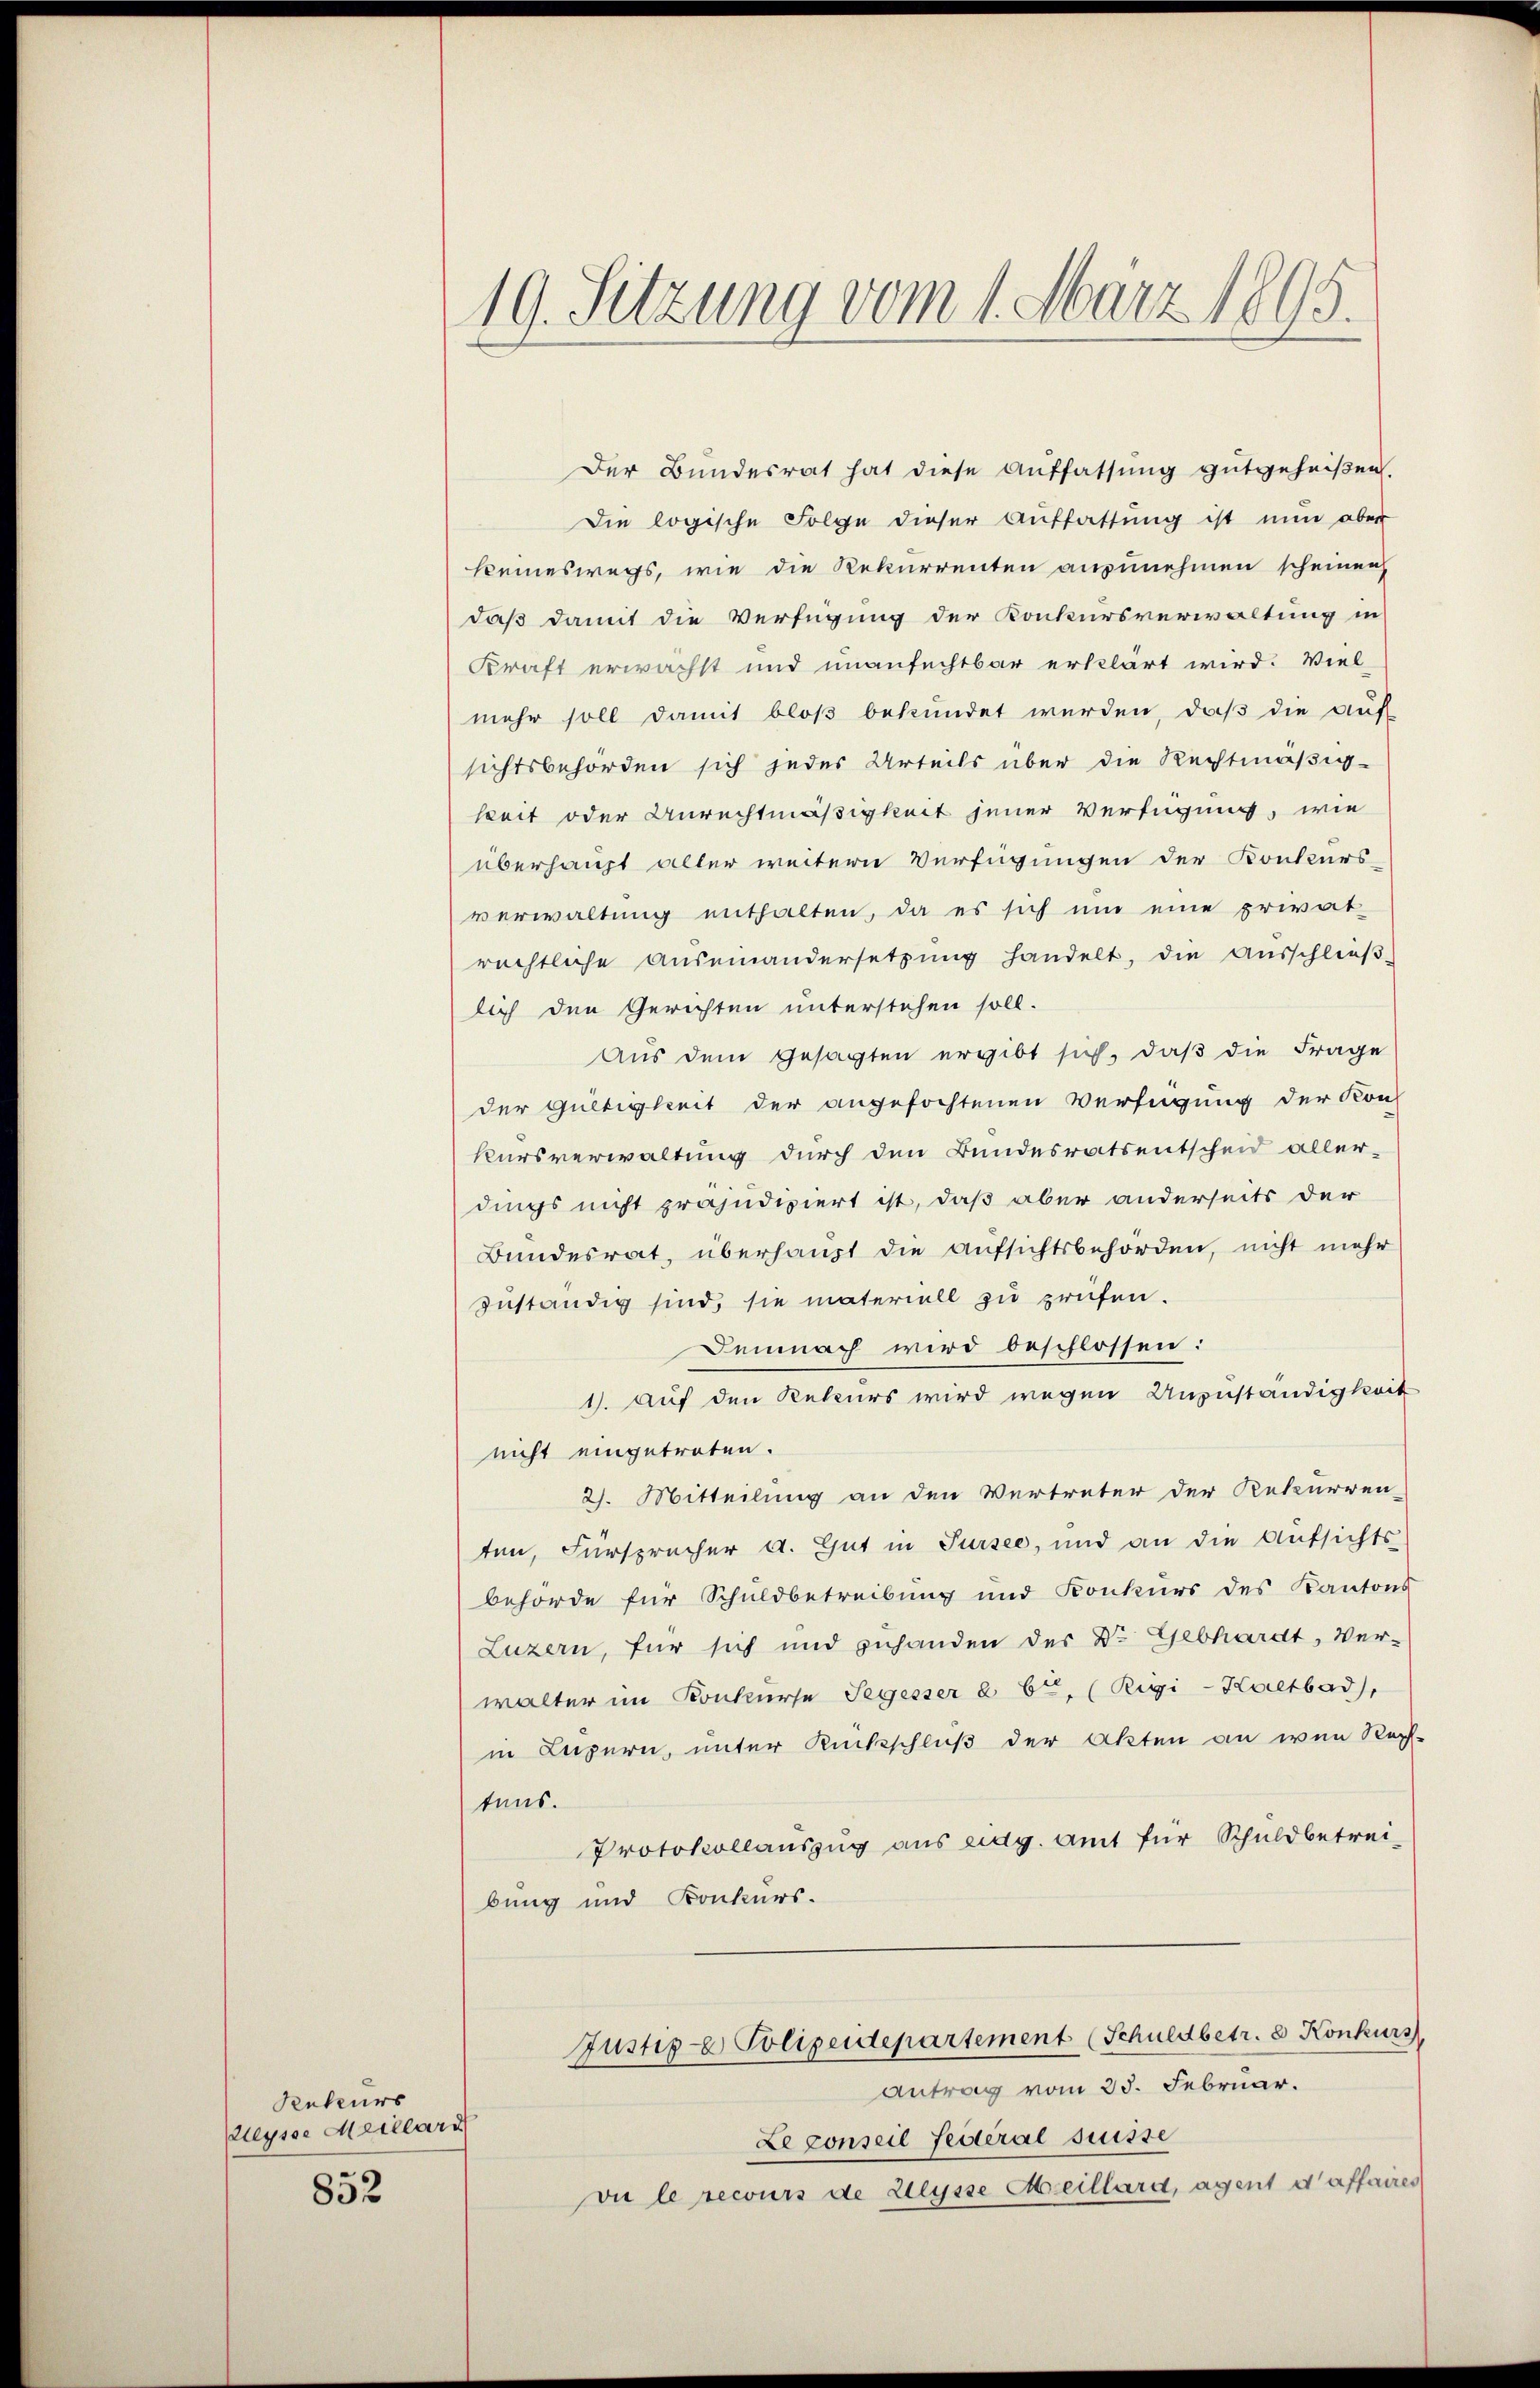
Penteurs
dleysse Meillard
852

19. Sitzung vom 1. März 1895.

Der Bundesrat hat diese Auffassung gutgeheißen.
Die logische Folge dieser Auffassung ist nun aber
keineswegs, wie die Rekurrenten anzunehmen scheinen
daß damit die Verfügung der Konkursverwaltung in
Kraft erwächst und unanfechtbar erklärt wird. Viel
mehr soll damit bloß bekundet werden, daß die auf
sichtsbehörden sich jedes Urteils über die Rechtmäßigkeit oder Anrechtmäßigkeit jener Verfügung, wie
überhaupt aller weitern Verfügungen der Konkurs-
verwaltung enthalten, da es sich um eine privat-
rechtliche Auseinandersetzŭng handelt, die Ausschlieβ-
lich den Gerichten unterstehen soll.
Aus dem Gesagten ergibt sich, daß die Frage
der Gültigkeit der angefochtenen Verfügung der Kon-
kursverwaltung durch den Bundesratsentscheid aller-
dings nicht präjudiziert ist, daß aber anderseits der
Bundesrat, überhaupt die Aufsichtsbehörden, nicht mehr
zuständig sind, sie materiell zu prüfen.
Demnach wird beschlossen:
1. auf den Rekurs wird wegen Anzuständigkeit
nicht eingetreten.
2. Mitteilung an den Vertreter der Rekurren-
ten, Fürsprücher A. Gut in Sursee, und an die Aŭfsichts-
behörde für Schuldbetreibung und Konkurs des Kantons
Luzern, für sich und zuhanden der Dr. Gebhardt, Ver-
walter im Konkurse Segesser à 6t, (Rigi-Haltbad,
in Luzern, unter Rückschluß der Akten an wen Rech-
tens.
Protokollauszug aus eidg. Amt für Schuldbetreibung und Konkurs.
Justiz- & Polizeidepartement (Schuldbetr. 8 Konkurs
Antrag vom 23. Februar.
Le conseil festeral Suisse
vu le recours de Weysse Meillard, agent d’affaires